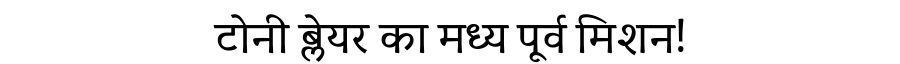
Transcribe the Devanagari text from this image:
टोनी ब्लेयर का मध्य पूर्व मिशन!